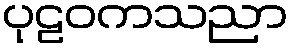
ပုဠဝကသညာ